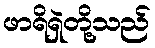
ဖာရိရှဲတို့သည်